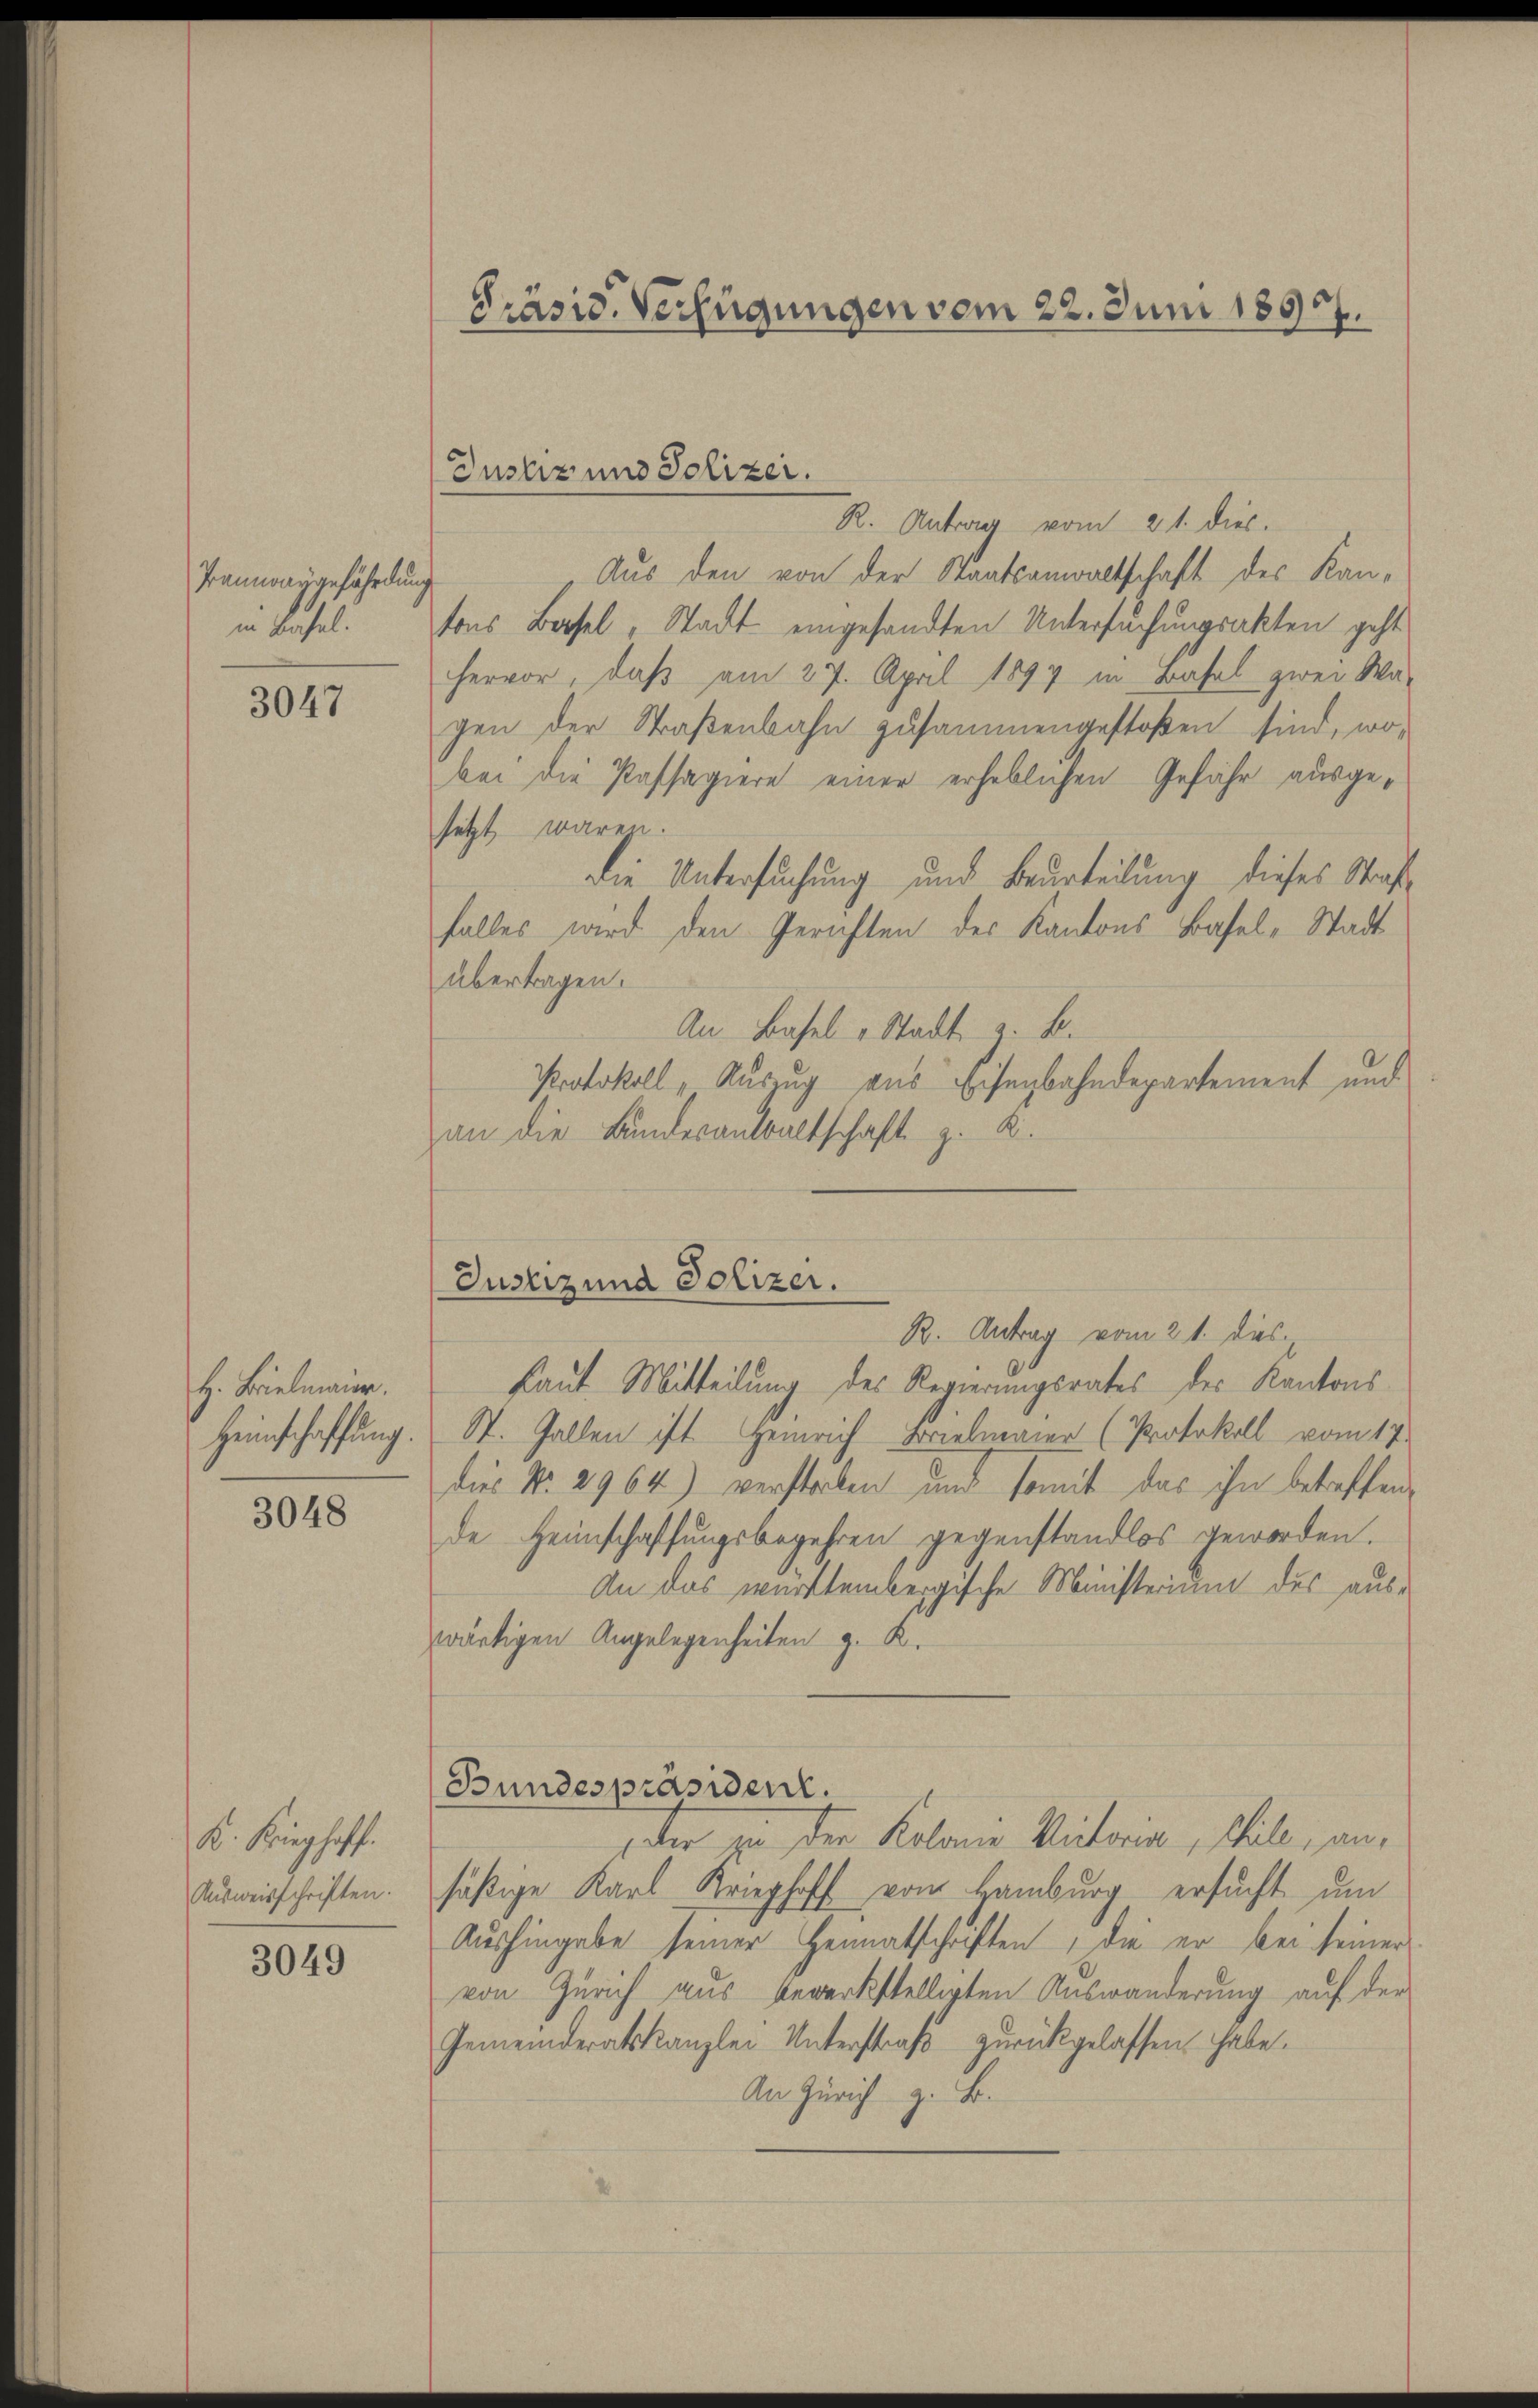
Tannraygefährdung
in Basel.

3047

H. Bielmaier.
Heimschaffung.

3048

K. Krieghoff
Ausweisschriften.

3049

Präsid. Verfügungen vom 22. Juni 1897.

R. Antrag vom 21. dies.
Aus den von der Staatsanwaltschaft des Kan-
tons Basel, Stadt eingesandten Untersuchungsakten geht
hervor, daß am 27. April 1894 in Basel zwei Wa-
gen der Straßenbahn zusammengestoßen sind, wo-
bei die Passagiere einer erheblichen Gefähr ausgesetzt wären.
Die Untersuchung und Beurteilung dieses Straffalles wird den Gerichten der Kantons Basel-Stadt
übertragen.
An Basel v. Stadt z. B.
Protokoll, Auszug aus Eisenbahndepartement und
an die Bundesanwaltschaft z. K.

Justiz und Polizer.

Justiz und Polizei.

R. Antrag vom 21. dies
faut Mitteilung des Regierungsrates des Kantons
St. Gallen ist Heinrich Bielmaier (Protokoll vom 17.
dies No. 2964) verstorben und somit das ihn betreffen
de Heimschaffungsbegehren gegenstandlos geworden.
An das württembergische Ministerium des auswärtigen Angelegenheiten z. K.
Bundespräsident.
der zu der Kolonia Victore, stile, an,
säßige Karl Krieghoff vom Hamburg ersucht um
Aushingabe seiner Heimatschriften, die er bei seiner
von Zürich aus bewerkstelligten Auswanderung auf der
Gemeinderatskanzlei Unterstraβ zŭrückgelassen habe.
An Zürich z. B.